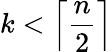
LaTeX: k<\left\lceil{\frac{n}{2}}\right\rceil